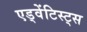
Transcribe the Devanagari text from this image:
एड्वेंटिस्ट्स